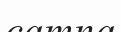
сатпа